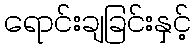
ရောင်းချခြင်းနှင့်